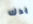
يدك